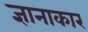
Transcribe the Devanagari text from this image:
ज्ञानाकार